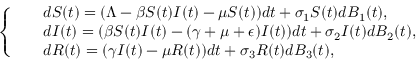
\left\{ \begin{array} { l l } { \begin{array} { r l } & { { d S ( t ) } = ( \Lambda - \beta S ( t ) I ( t ) - \mu S ( t ) ) d t + \sigma _ { 1 } S ( t ) d B _ { 1 } ( t ) , } \\ & { { d I ( t ) } = ( \beta S ( t ) I ( t ) - ( \gamma + \mu + \epsilon ) I ( t ) ) d t + \sigma _ { 2 } I ( t ) d B _ { 2 } ( t ) , } \\ & { { d R ( t ) } = ( \gamma I ( t ) - \mu R ( t ) ) d t + \sigma _ { 3 } R ( t ) d B _ { 3 } ( t ) , } \end{array} } \end{array} \right.